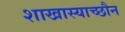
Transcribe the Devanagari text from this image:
शाखास्याच्छौन